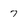
Character: 7